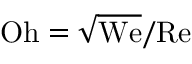
\mathrm { O h } = \sqrt \mathrm { W e } / \mathrm { R e }